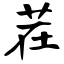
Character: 茬